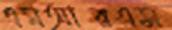
এমআরএস